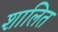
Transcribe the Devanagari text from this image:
शालित